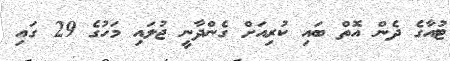
ޓުއާގެ ދެން އޮތް ބައި ކުރިއަށް ގެންދާނީ ޖުލައި މަހުގެ 29 ގައި